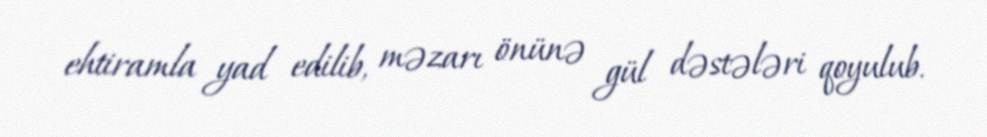
ehtiramla yad edilib, məzarı önünə gül dəstələri qoyulub.